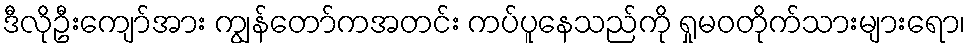
ဒီလိုဦးကျော်အား ကျွန်တော်ကအတင်း ကပ်ပူနေသည်ကို ရှုမဝတိုက်သားများရော၊